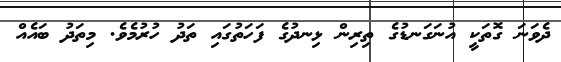
ދެވަނަ ގޮތަކީ އުނަގަނޑުގެ ތިރިން ޅިނދުގެ ފަހަތުގައި ތަދު ހުރުމެވެ. މިތަދު ބައެއް